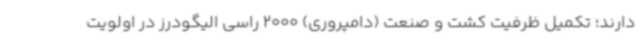
دارند؛ تکمیل ظرفیت کشت و صنعت (دامپروری) 2000 راسی الیگودرز در اولویت